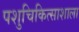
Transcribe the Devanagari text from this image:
पशुचिकित्साशाला